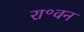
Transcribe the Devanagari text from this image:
रा॰वन